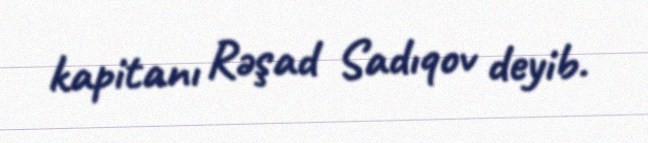
kapitanı Rəşad Sadıqov deyib.